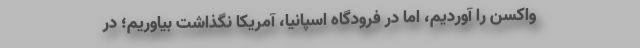
واکسن را آوردیم، اما در فرودگاه اسپانیا، آمریکا نگذاشت بیاوریم؛ در